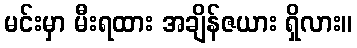
မင်းမှာ မီးရထား အချိန်ဇယား ရှိလား။